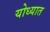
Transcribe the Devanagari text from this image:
योध्यात